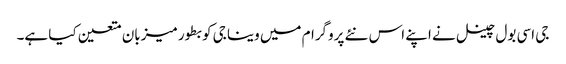
جی اسی بول چینل نے اپنے اس نئے پروگرام میں وینا جی کو بطور میزبان متعین کیا ہے۔